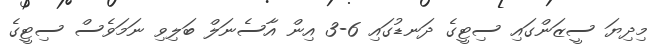
މިދިޔަ ސީޒަންގައި ސިޓީގެ ދަނޑުގައި 6-3 އިން އާސެނަލް ބަަލިވި ނަމަވެސް ސިޓީގެ